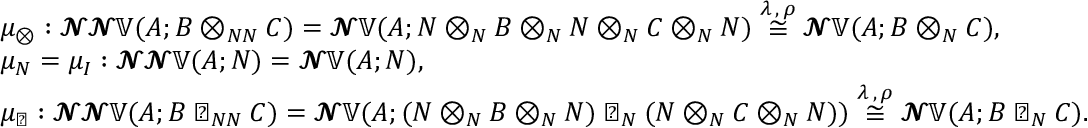
\begin{array} { r l } & { \mu _ { ⊗ } : 𝓝 𝓝 𝕍 ( A ; B ⊗ _ { N N } C ) = 𝓝 𝕍 ( A ; N ⊗ _ { N } B ⊗ _ { N } N ⊗ _ { N } C ⊗ _ { N } N ) \overset { \lambda \, , \, \rho } { \cong } 𝓝 𝕍 ( A ; B ⊗ _ { N } C ) , } \\ & { \mu _ { N } = \mu _ { I } : 𝓝 𝓝 𝕍 ( A ; N ) = 𝓝 𝕍 ( A ; N ) , } \\ & { \mu _ { ◁ } : 𝓝 𝓝 𝕍 ( A ; B ◁ _ { N N } C ) = 𝓝 𝕍 ( A ; ( N ⊗ _ { N } B ⊗ _ { N } N ) ◁ _ { N } ( N ⊗ _ { N } C ⊗ _ { N } N ) ) \overset { \lambda \, , \, \rho } { \cong } 𝓝 𝕍 ( A ; B ◁ _ { N } C ) . } \end{array}